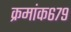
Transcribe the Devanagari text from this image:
क्रमांक६७९